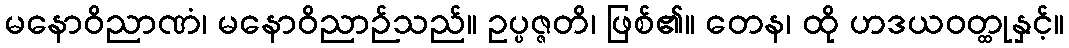
မနောဝိညာဏံ၊ မနောဝိညာဉ်သည်။ ဥပ္ပဇ္ဇတိ၊ ဖြစ်၏။ တေန၊ ထို ဟဒယဝတ္ထုနှင့်။